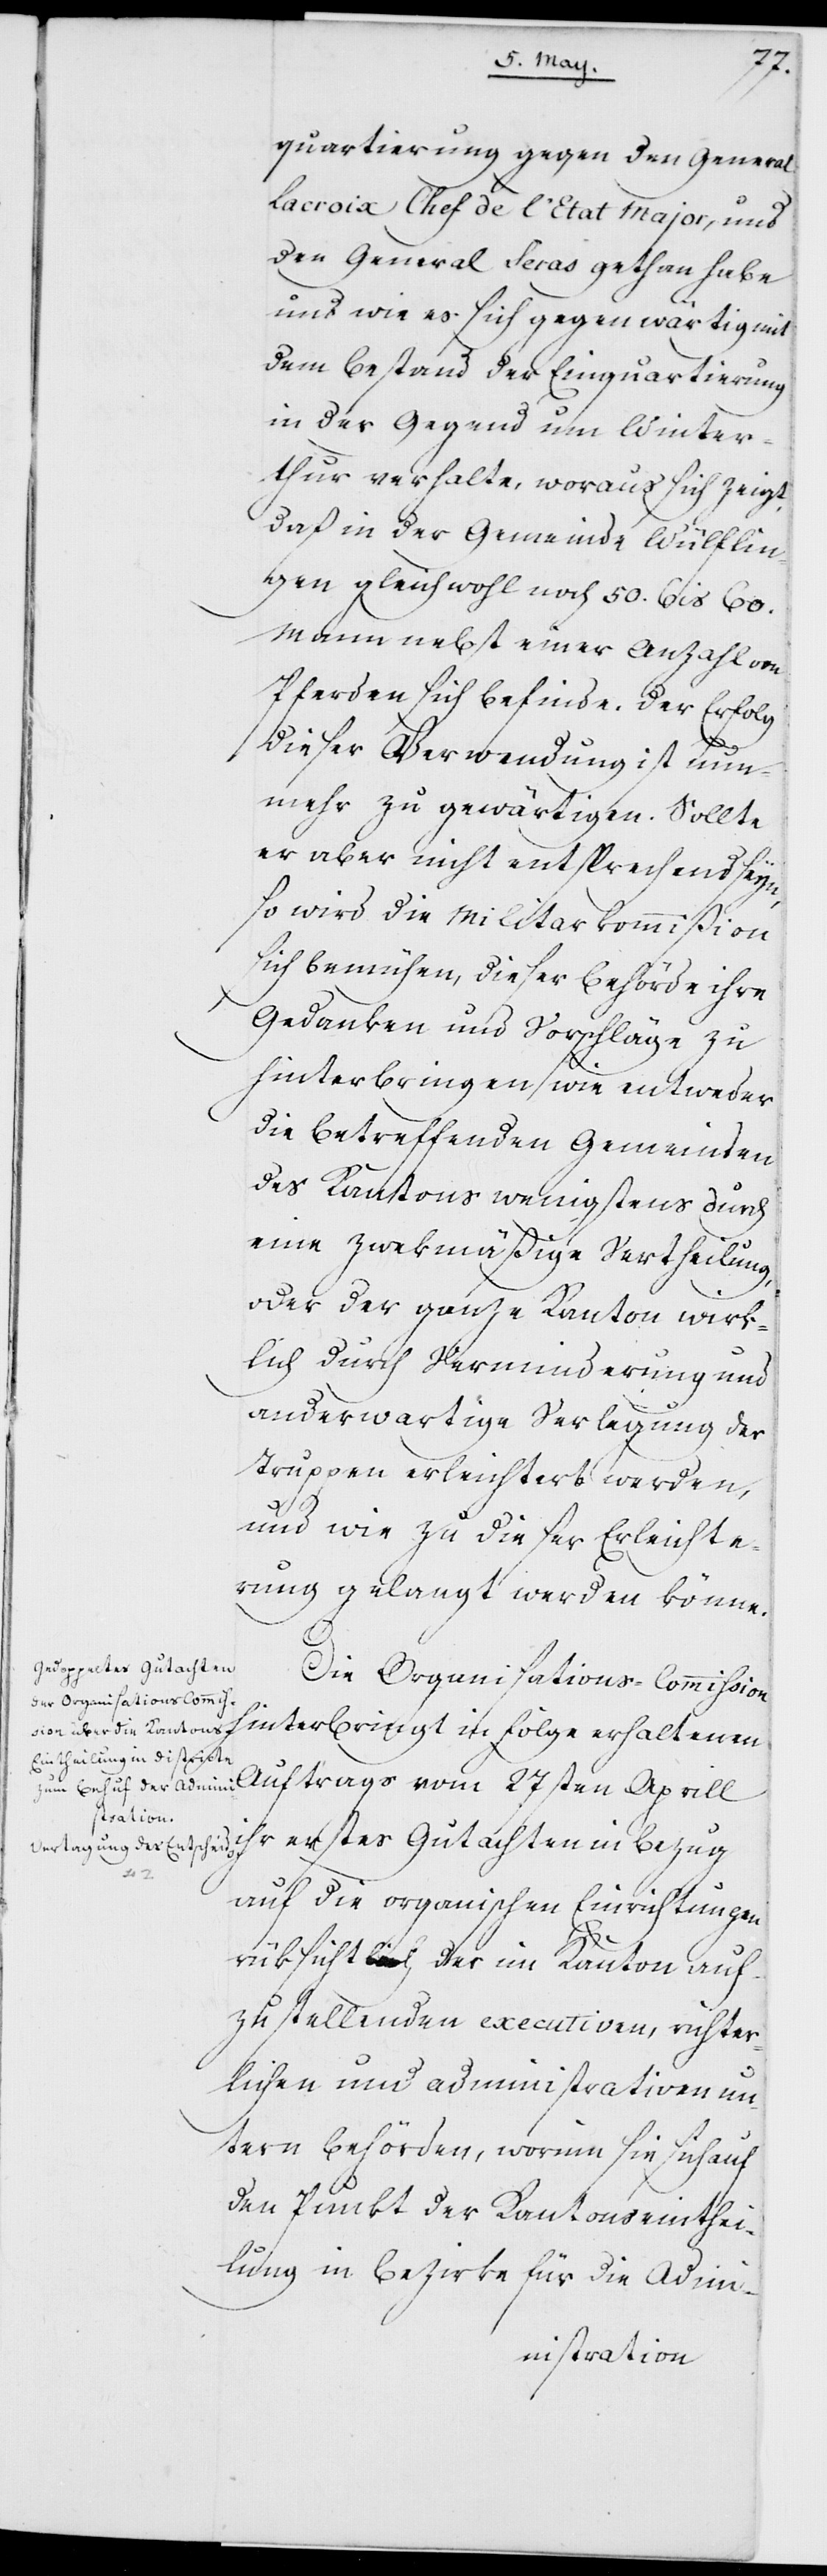
quartierung gegen den General
Lacroix Chef de l’Etat Major, und
den General Seras gethan habe
und wie es sich gegenwärtig mit
dem Bestand der Einquartierung
in der Gegend um Winter¬
thur verhalte, woraus sich zeigt,
daß in der Gemeinde Wülflin¬
gen gleichwohl noch 50. bis 60.
Mann nebst einer Anzahl von
Pferden sich befinde. Der Erfolg
dieser Verwendung ist nun¬
mehr zu gewärtigen. Sollte
er aber nicht entsprechend seyn,
so wird die Militarkommißion
sich bemühen, dieser Behörde ihre
Gedanken und Vorschläge zu
hinterbringen wie entweder
die betreffenden Gemeinden
des Kantons wenigstens durch
eine zwekmäßige Vertheilung,
oder der ganze Kanton wirk¬
lich durch Verminderung und
anderwartige [sic!] Verlegung der
Truppen erleichtert werden,
und wie zu dieser Erleichte¬
rung gelangt werden könne.
Die Organisations-Commißion
hinterbringt in Folge erhaltenen
Auftrags vom 27sten Aprill
ihr erstes Gutachten in Bezug
auf die organischen Einrichtungen
rüksichtlich der im Kanton auf¬
zustellenden executiven, richter¬
lichen und administrativen un¬
tern Behörden, worinn sie sich auf
den Punkt der Kantonseinthei¬
lung in Bezirke für die Admini-